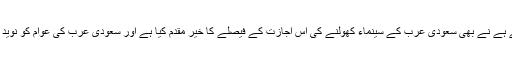
اس کے علاوہ ووکس سینماء جسکا تعلق دبئی کے مجید ال فتیم گروپ سے ہے نے بھی سعودی عرب کے سینماء کھولنے کی اس اجازت کے فیصلے کا خیر مقدم کیا ہے اور سعودی عرب کی عوام کو نوید سنائی ہے کہ وہ سعودی عرب میں بھی اپنے کاروبار کو توسیع دیں گے ۔